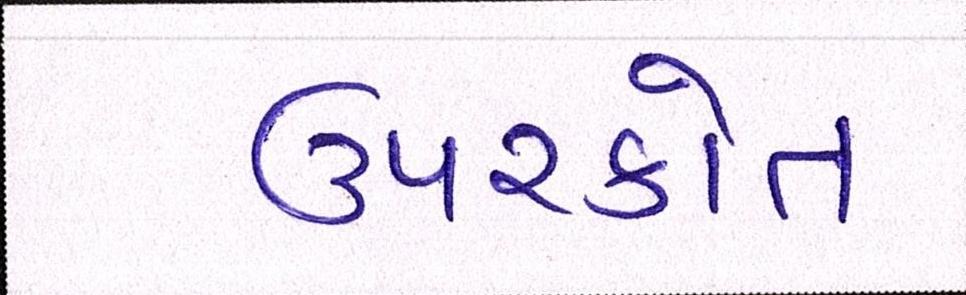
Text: ઉપરકોત